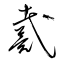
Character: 戴